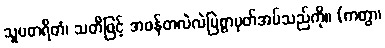
သူပဓာရိတံ၊ သတိဖြင့် အဖန်တလဲလဲမြဲစွာမှတ်အပ်သည်ကို။ (ကတွာ၊